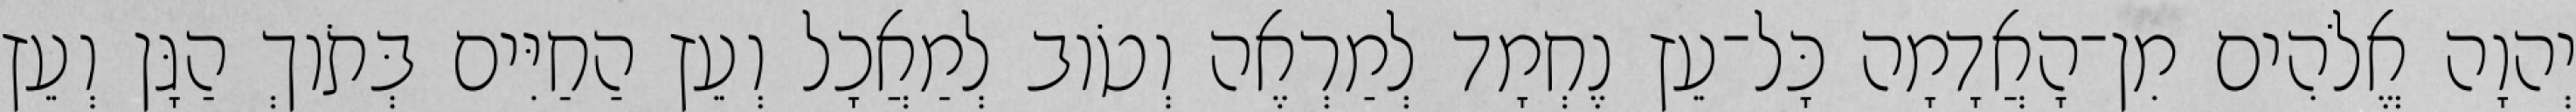
יְהוָה אֱלֹהִים מִן־הָאֲדָמָה כָּל־עֵץ נֶחְמָד לְמַרְאֶה וְטֹוב לְמַאֲכָל וְעֵץ הַחַיִּים בְּתֹוךְ הַגָּן וְעֵץ